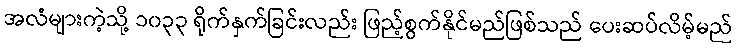
အလံများကဲ့သို့ ၁၀၃၃ ရိုက်နှက်ခြင်းလည်း ဖြည့်စွက်နိုင်မည်ဖြစ်သည် ပေးဆပ်လိမ့်မည်